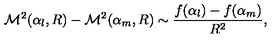
{ \cal M } ^ { 2 } ( \alpha _ { l } , R ) - { \cal M } ^ { 2 } ( \alpha _ { m } , R ) \sim \frac { f ( \alpha _ { l } ) - f ( \alpha _ { m } ) } { R ^ { 2 } } ,